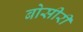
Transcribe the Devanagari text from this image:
बोसीरी